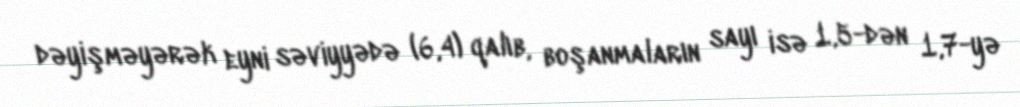
dəyişməyərək eyni səviyyədə (6,4) qalıb, boşanmaların sayı isə 1,5-dən 1,7-yə